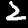
Label: 2